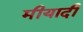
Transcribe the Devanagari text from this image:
मीयादी